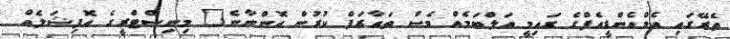
ތެރޭގައި އެމްއެންޑީއެފްގެ ގައިމީ އަލްބަމެއް ވެސް ތައާރަފް ކުރުން އޮންނާނެ" މިނިސްޓްރީގެ އޮފިޝަލެއް